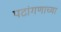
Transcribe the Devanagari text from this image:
पटांगणाच्या